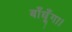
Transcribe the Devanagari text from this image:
बाँधूँगा।